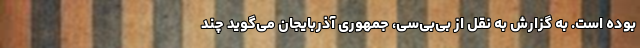
بوده است. به گزارش به نقل از بی‌بی‌سی، جمهوری آذربایجان می‌گوید چند